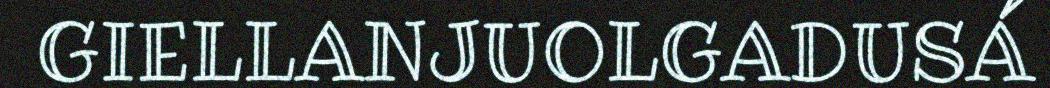
GIELLANJUOLGADUSÁ